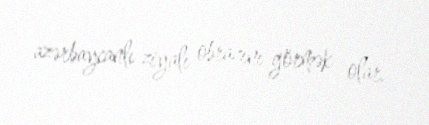
azərbaycanlı ziyalı obrazını görmək olar.